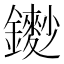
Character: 𨮽